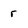
Character: r